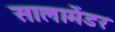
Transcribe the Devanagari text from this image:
सालामेंडर